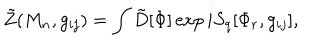
\tilde { Z } ( M _ { n } , g _ { i j } ) = \int \tilde { D } [ \Phi ] \exp i S _ { q } [ \Phi _ { r } , g _ { i j } ] ,